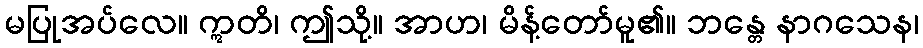
မပြုအပ်လေ။ ဣတိ၊ ဤသို့။ အာဟ၊ မိန့်တော်မူ၏။ ဘန္တေ နာဂသေန၊